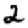
Digit: 2